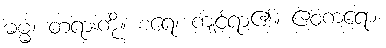
ဓမ္မံ၊ တရားကို။ စရေ၊ ကျင့်ရာ၏။ ဧဝံကရော၊